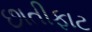
છાતીફાટ